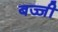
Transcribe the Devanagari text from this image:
बज्जी